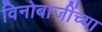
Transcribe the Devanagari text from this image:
विनोबाजींच्या